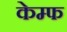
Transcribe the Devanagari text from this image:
केम्फ